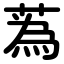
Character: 蒍